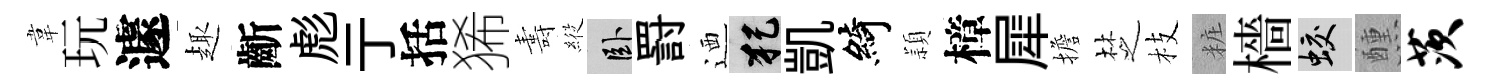
韋玩遽趣齗彪亍括狶夀𦂵卧罸迺犯凱綺頴樟犀擔椘枝粧檣蛟醺茨